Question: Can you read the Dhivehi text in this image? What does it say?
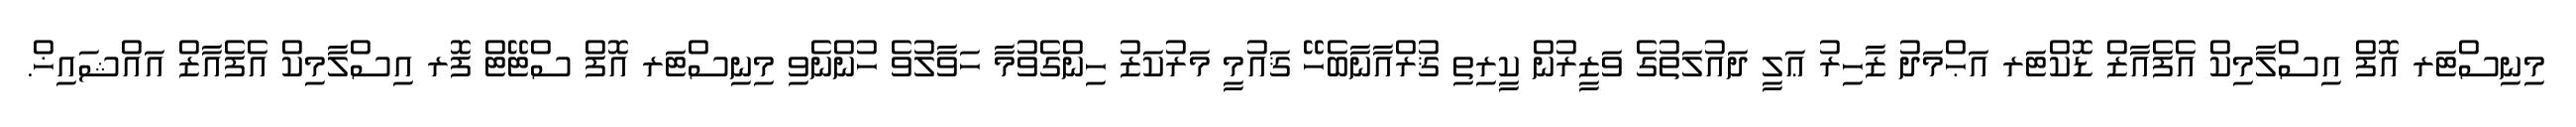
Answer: މިނިސްޓަރ އޮފް އިސްލާމިކް އެފެއާޒް ޑޮކްޓަރ އަޙްމަދު ޒާހިރު ޢަލީ ދައުލަތުގެ ވަޒީރުން ކީރިތި ޤުރްއާނާބެހޭ ޤައުމީ މަރުކަޒު ހިންގެވުމާ ހަވާލުވެ ހުންނެވި މިނިސްޓަރ އޮފް ސްޓޭޓް ފޮރ އިސްލާމިކް އެފެއާޒް އައްޝައިޚް.